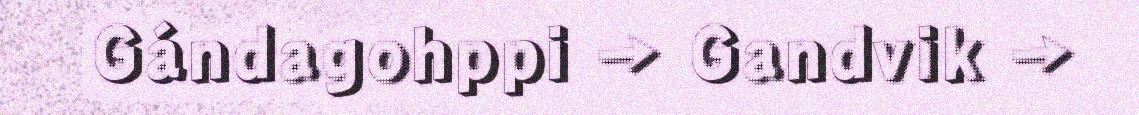
Gándagohppi → Gandvik →